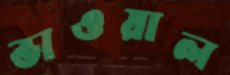
ভাওয়াল